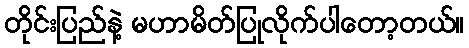
တိုင်းပြည်နဲ့ မဟာမိတ်ပြုလိုက်ပါတော့တယ်။